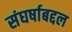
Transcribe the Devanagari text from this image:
संघर्षाबद्दल